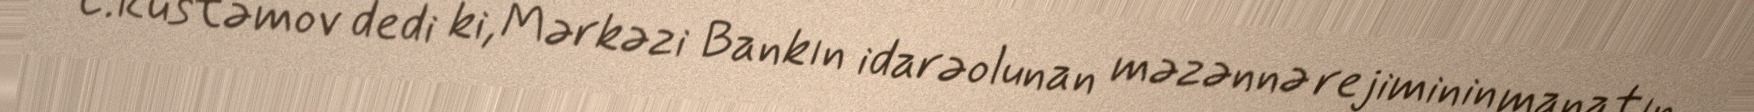
E.Rüstəmov dedi ki, Mərkəzi Bankın idarəolunan məzənnə rejiminin manatın